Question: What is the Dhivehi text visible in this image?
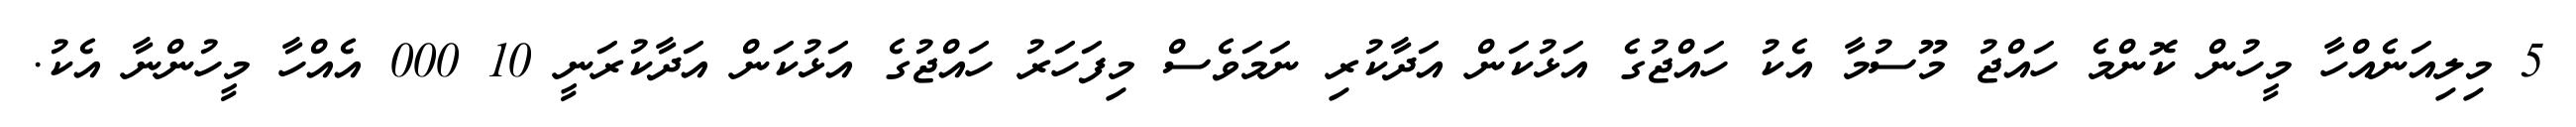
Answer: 5 މިލިއަނެއްހާ މީހުން ކޮންމެ ހައްޖު މޫސުމާ އެކު ހައްޖުގެ އަޅުކަން އަދާކުރި ނަމަވެސް މިފަހަރު ހައްޖުގެ އަޅުކަން އަދާކުރަނީ 10 000 އެއްހާ މީހުންނާ އެކު.